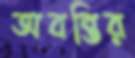
অবন্তির